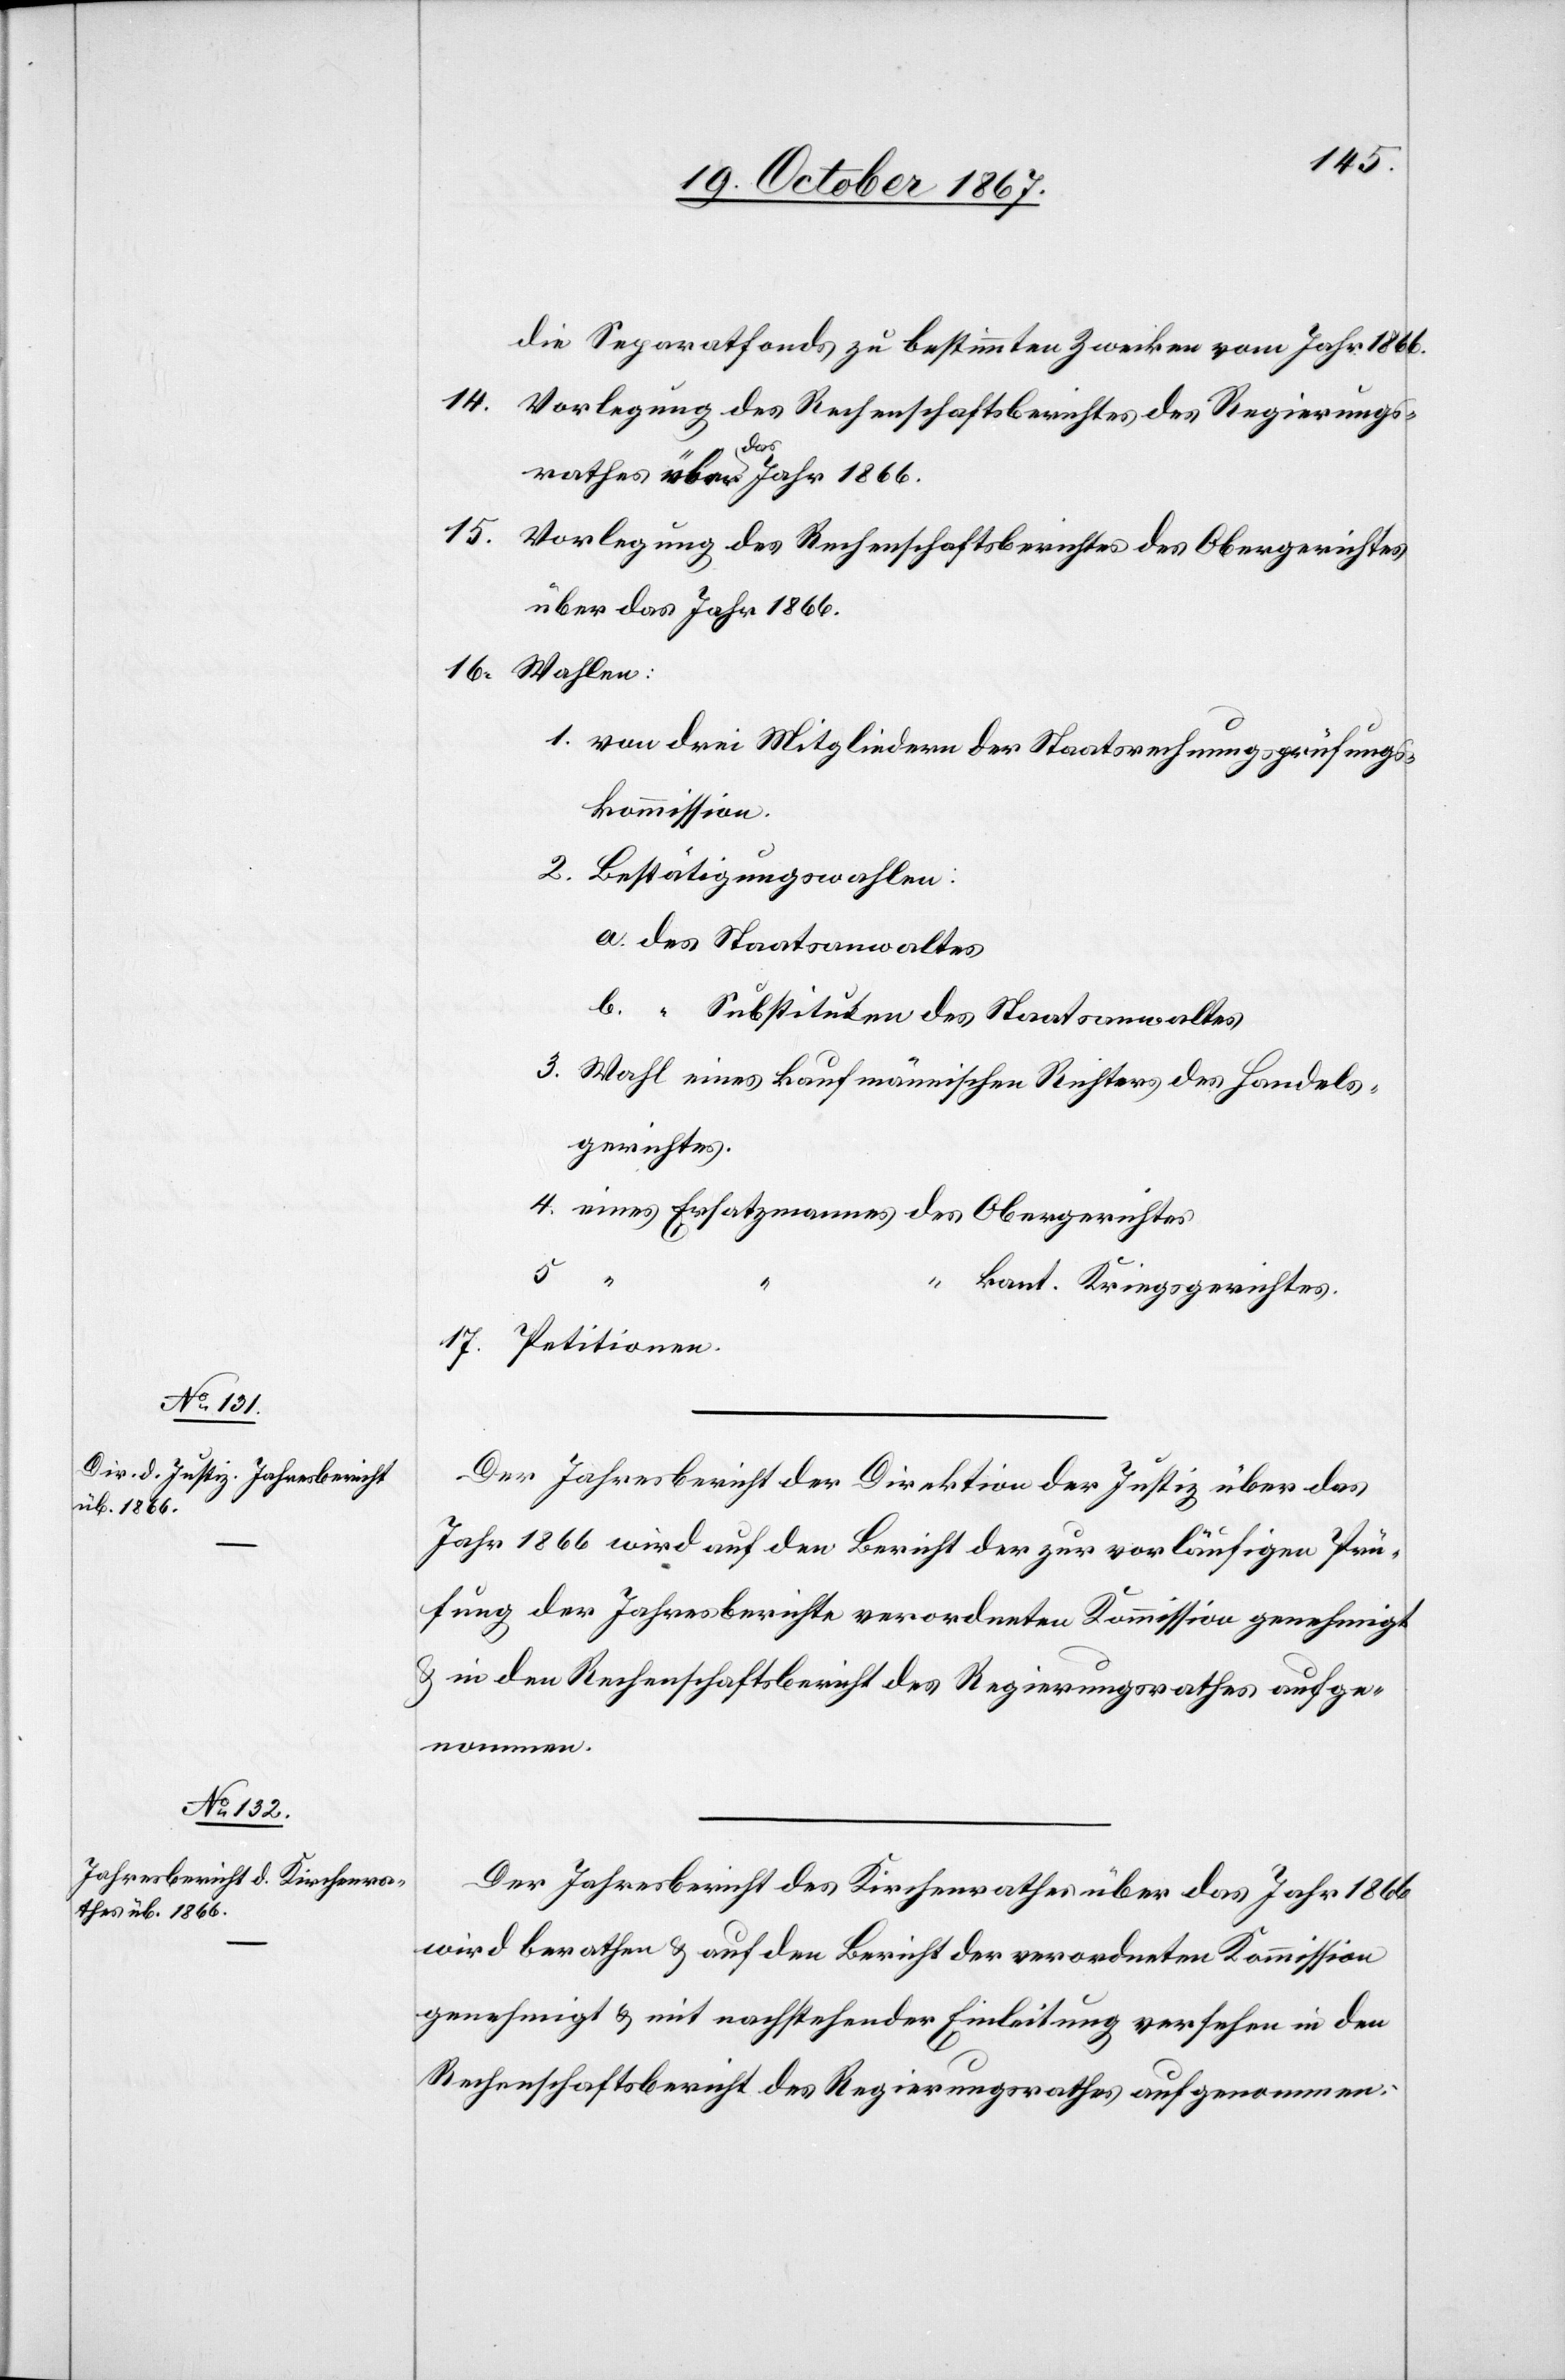
die Separatfonds zu bestimmten Zwecken vom Jahr 1866.
14. Vorlegung des Rechenschaftsberichtes des Regierungs¬
rathes
15. Vorlegung des Rechenschaftsberichtes des Obergerichtes
über das Jahr 1866.
16. Wahlen:
1. von drei Mitgliedern der Staatsrechnungsprüfungs¬
kommission.
2. Bestätigungswahlen:
a. des Staatsanwaltes
b. “ Substituten des Staatsanwaltes
3. Wahl eines kaufmännischen Richters des Handels¬
gerichtes.
4. eines Ersatzmannes des Obergerichtes.
5. “
“ kant. Kriegsgerichtes.
17. Petitionen.
Der Jahresbericht der Direktion der Justiz über das
Jahr 1866 wird auf den Bericht der zur vorläufigen Prü¬
fung der Jahresberichte verordneten Kommission genehmigt
u. in den Rechenschaftsbericht des Regierungsrathes aufge¬
nommen.
Der Jahresbericht des Kirchenrathes über das Jahr 1866
wird berathen u. auf den Bericht der verordneten Kommission
genehmigt u. mit nachstehender Einleitung versehen in den
Rechenschaftsbericht des Regierungsrathes aufgenommen: